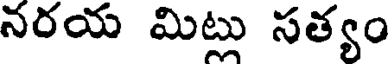
నరయ మిట్లు సత్యం